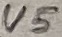
Text: U5